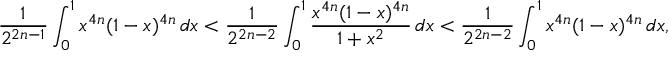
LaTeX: { \frac { 1 } { 2 ^ { 2 n - 1 } } } \int _ { 0 } ^ { 1 } x ^ { 4 n } ( 1 - x ) ^ { 4 n } \, d x < { \frac { 1 } { 2 ^ { 2 n - 2 } } } \int _ { 0 } ^ { 1 } { \frac { x ^ { 4 n } ( 1 - x ) ^ { 4 n } } { 1 + x ^ { 2 } } } \, d x < { \frac { 1 } { 2 ^ { 2 n - 2 } } } \int _ { 0 } ^ { 1 } x ^ { 4 n } ( 1 - x ) ^ { 4 n } \, d x ,